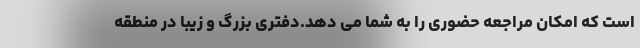
است که امکان مراجعه حضوری را به شما می دهد.دفتری بزرگ و زیبا در منطقه